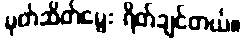
မုတ်ဆိတ်မွေး ရိတ်ချင်တယ်။